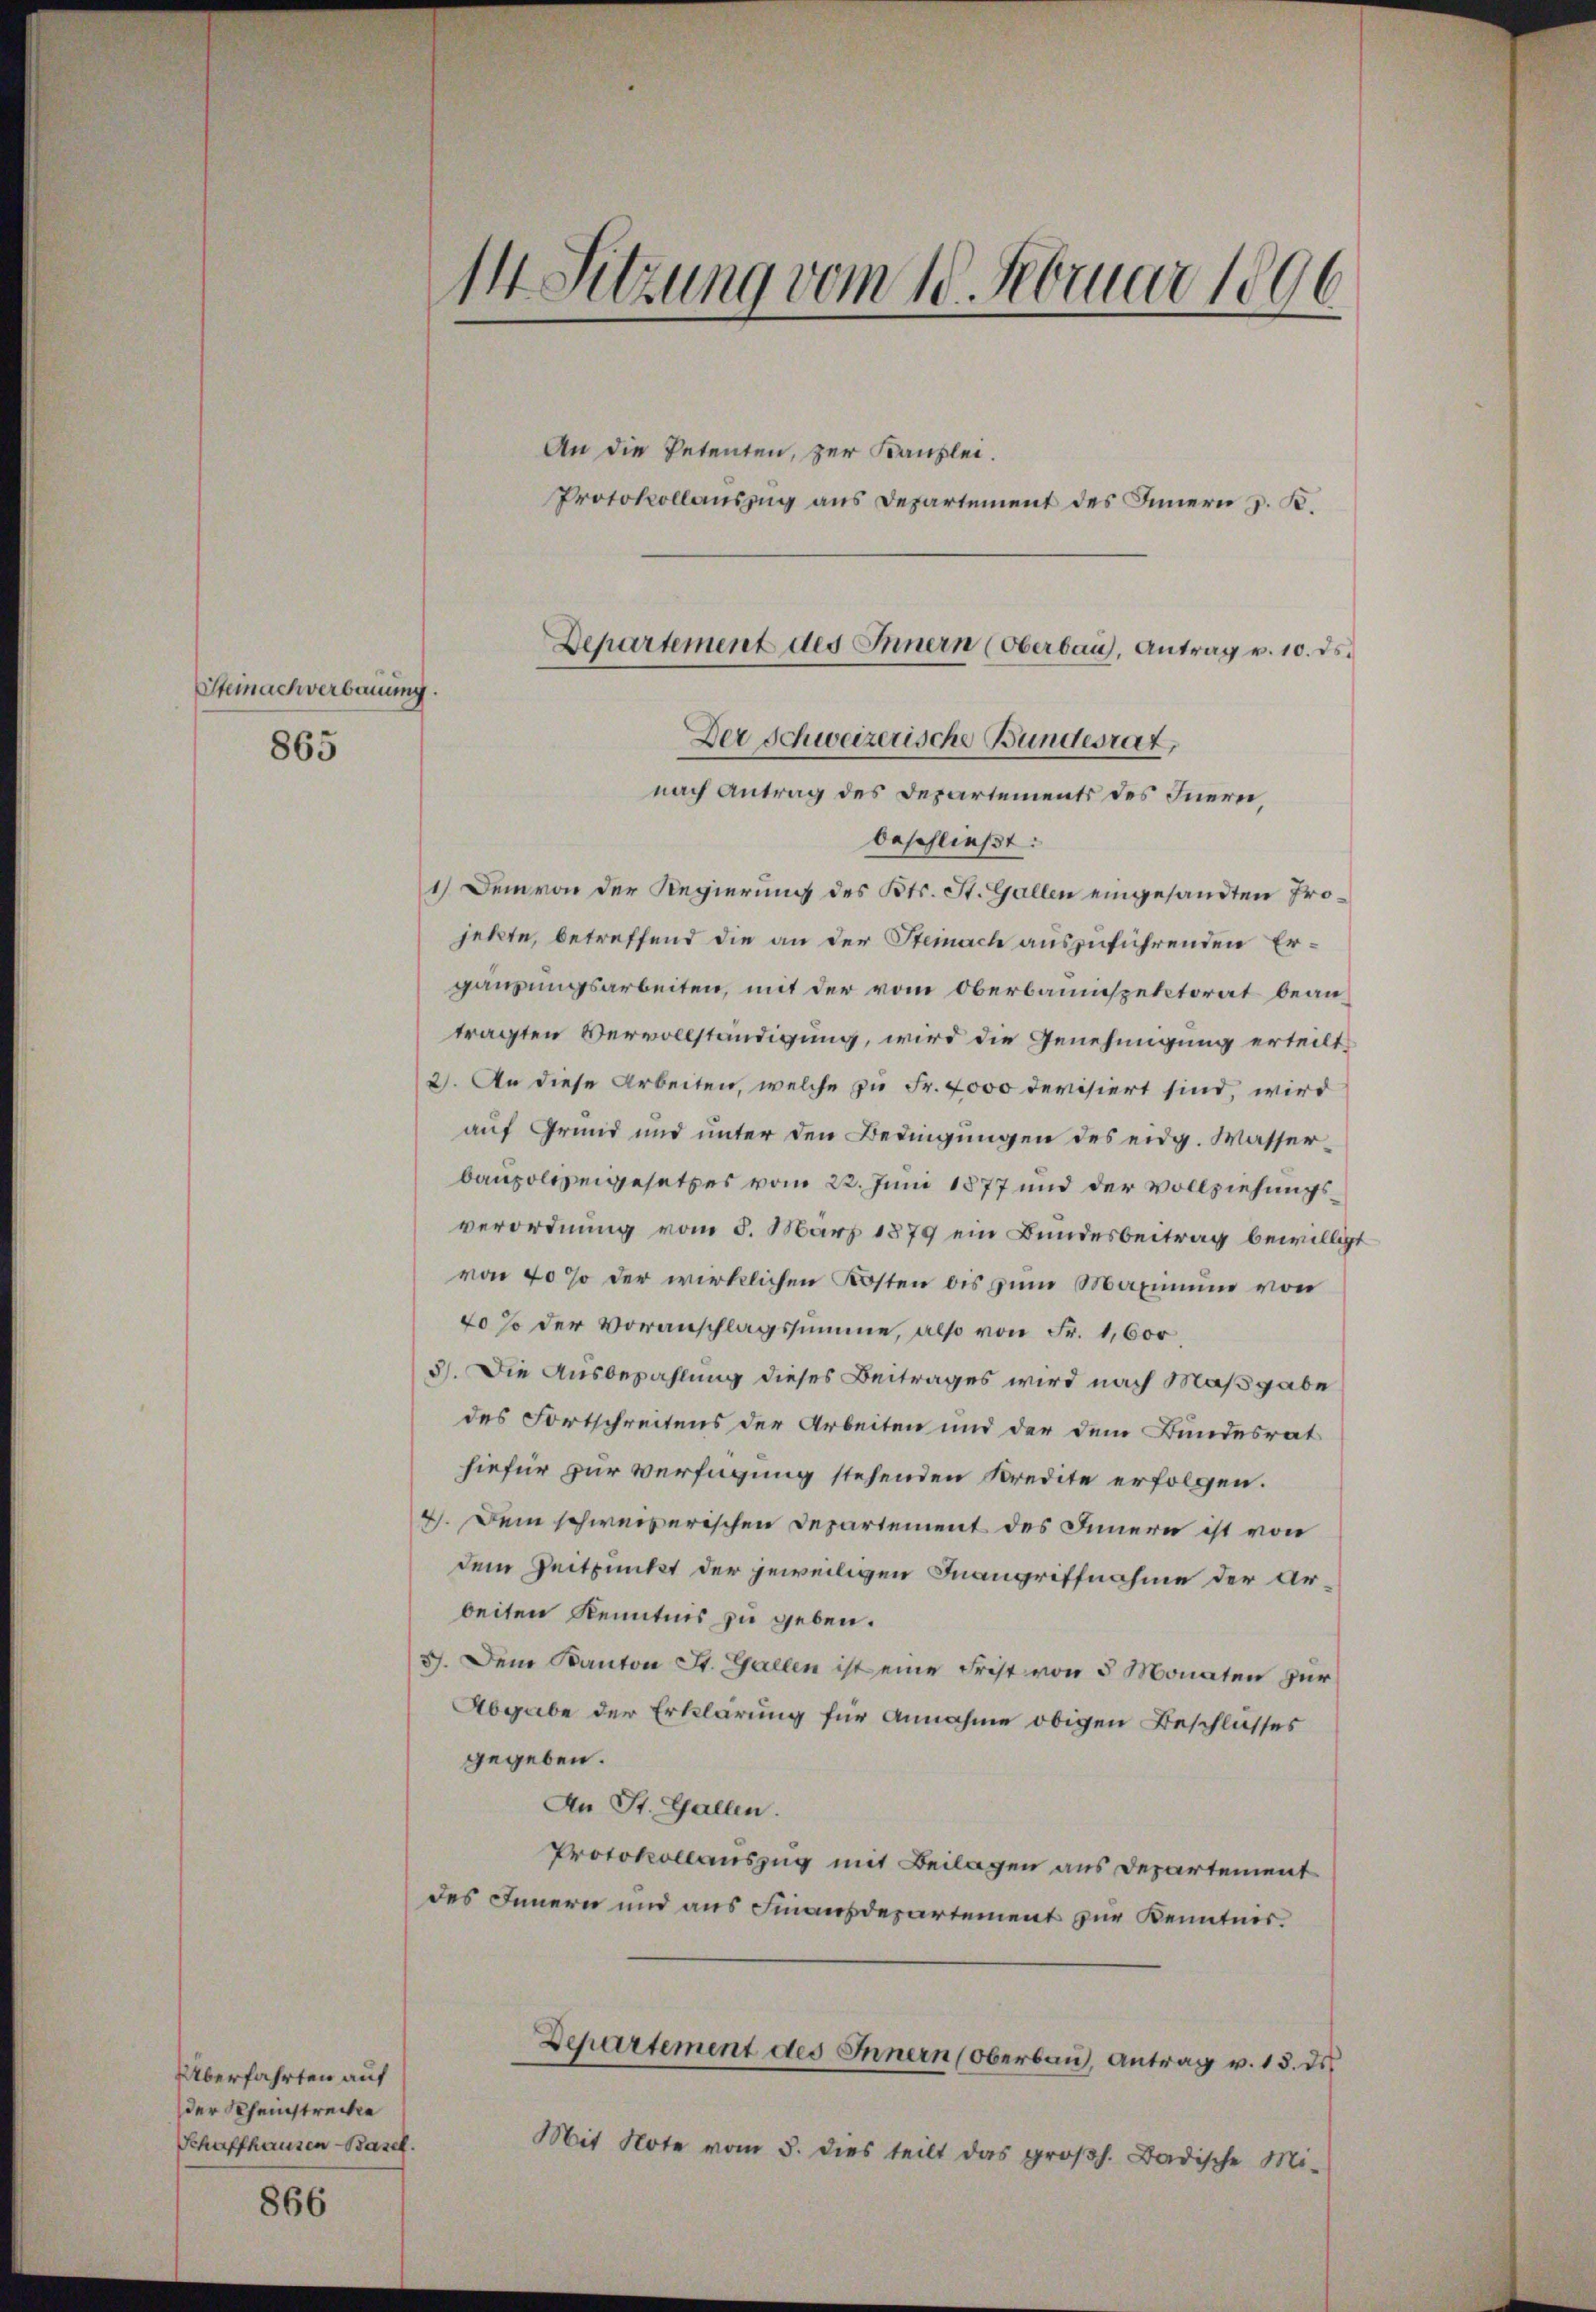
Steinach verbauung.
865

Überfahrten auf
der Scheinstrecke

866

14 Sitzung vom 10. Februar 1806

An die Petenten, zur Kanzlei.
Der Schweizerische Bundesrat,
nach Antrag des Departements des Inern,
beschließt:
1.) Dem von der Regierung des Kts. St. Gallen eingesandten Projekte, betreffend die an der Steinach auszuführenden Ergänzungsarbeiten, mit der vom Oberbauinspektorat beantragten Vervollständigung, wird die Genehmigung erteilt,
2). An diese Arbeiten, welche zu Fr. 4000 devisiert sind, wird
auf Grund und unter den Bedingungen des eidg. Wasserbaupolizeigesetzes vom 22. Juni 1877 und der Vollziehungsverordnung vom 5. März 1879 ein Bundesbeitrag bewilligt
von 40% der wirklichen Kosten bis zum Maximum von
40 % der Voranschlagssumme, also von Fr. 1,600
3). Die Ausbezahlung dieses Beitrages wird nach Maßgabe
des Fortschreitens der Arbeiten und der dem Bundesrat
hiefür zur Verfügung stehenden Kredite erfolgen.
4. Dem schweizerischen Departement des Innern ist von
dem Zeitpunkt der jeweiligen Inangriffnahme der Arbeiten Kenntnis zu geben.
3. Dem Kanton St. Gallen ist eine Frist von 5 Monaten zur
Abgabe der Erklärung für Annahme obigen Beschlusses
gegeben.
An St. Gallen.
Protokollauszug mit Beilagen aus Departement
des Innern und aus Finanzdepartement zur Kenntnis¬
Departement des Innern (Oberbau, Antrag v. 15. ds.
Schaffhausen Basel. Mit Note vom 5. dies teilt das großh. Badische Mi-

Protokollauszug aus Departement des Innern z. B.

Departement des Innern (Oberbaus, Antrag v. 10. ds.